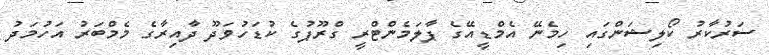
ސަރުކާރު ކޯލިޝަންގައި ހިމެނޭ އެމްޑީއޭގެ ޕާލަމެންޓްރީ ގްރޫޕުގެ ކުޑަހުވަދޫ ދާއިރާގެ މެމްބަރު އަހުމަދު